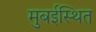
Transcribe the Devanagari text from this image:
मुबईस्थित